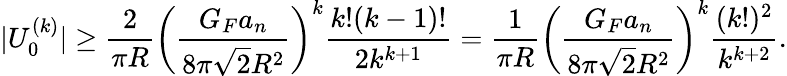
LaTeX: |U_{0}^{(k)}|\geq\frac{2}{\pi R}\left(\frac{G_{F}a_{n}}{8\pi\sqrt{2}R^{2}}\right)^{k}\frac{k!(k-1)!}{2k^{k+1}}=\frac{1}{\pi R}\left(\frac{G_{F}a_{n}}{8\pi\sqrt{2}R^{2}}\right)^{k}\frac{(k!)^{2}}{k^{k+2}}.